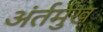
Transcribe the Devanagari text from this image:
अंर्तर्मुख